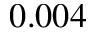
0 . 0 0 4